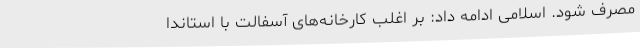
مصرف شود. اسلامی ادامه داد: بر اغلب کارخانه‌های آسفالت با استاندا